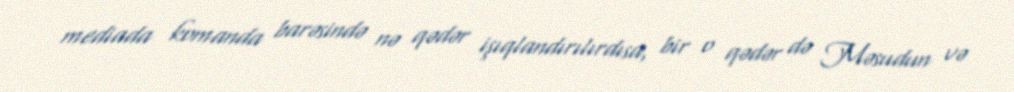
mediada komanda barəsində nə qədər işıqlandırılırdısa, bir o qədər də Məsudun və